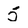
Character: 5